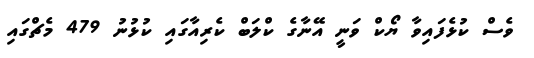
ވެސް ކުޅެފައިވާ ޔޯކް ވަނީ އޭނާގެ ކްލަބް ކެރިއާގައި ކުޅުނު 479 މެޗްގައި